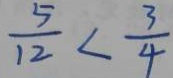
\frac { 5 } { 1 2 } < \frac { 3 } { 4 }